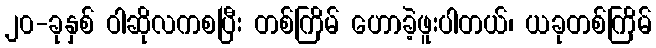
၂၀-ခုနှစ် ဝါဆိုလကစပြီး တစ်ကြိမ် ဟောခဲ့ဖူးပါတယ်၊ ယခုတစ်ကြိမ်